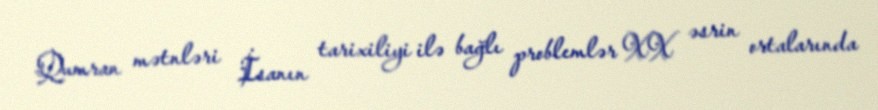
Qumran mətnləri İsanın tarixiliyi ilə bağlı problemlər XX əsrin ortalarında